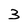
Character: 3